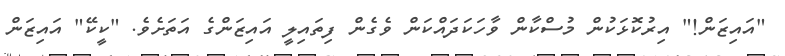
"އައިޒަން!" އިރުކޮޅަކުން މުސްކާން ވާހަކަދައްކަން ވެގެން ފިތައިލީ އައިޒަންގެ އަތަށެވެ. "ކީކޭ" އައިޒަން